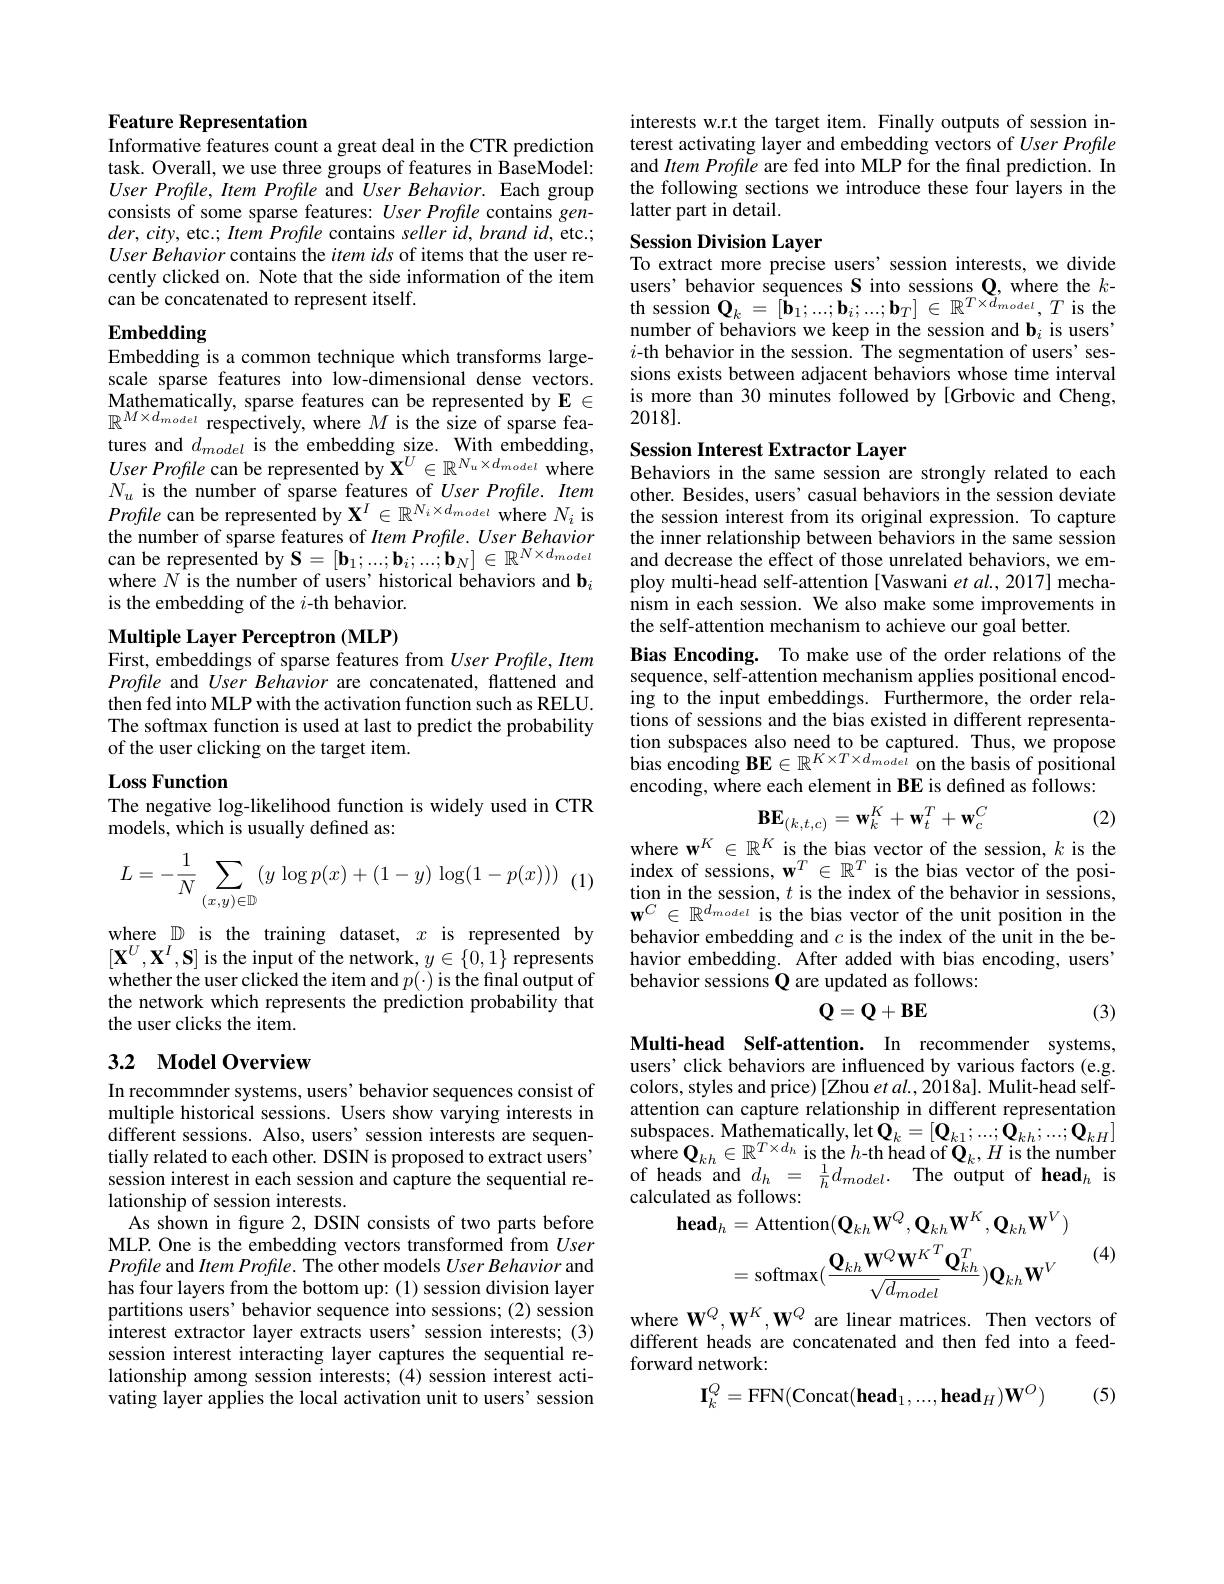
## Feature Representation
Informative features count a great deal in the CTR prediction

task. Overall, we use three groups of features in BaseModel: $User\textit{Profile, Item Profile and User Behavior. Each group}$ consists of some sparse features: $User\textit{Profile contains gen- }$ $der,city$,etc.; Item Profil $User\textit{Behavior contains the item ids of items that the user re- }$ cently clicked on. Note that the side information of the item can be concatenated to represent itself.

# Embedding

Embedding is a common techni scale sparse features into low-dimensional dense vectors. $\begin{array}{lll}\text{Mathematically, sparse features can be represented by E }\in&\text{is mor}\\\mathbb{R}^{M\times d_{model}}\text{respectively, where }M\text{ is the size of sparse fea-}&2018].\end{array}$
tures and $d_{model}$ is the embedding size. With embedding, $User\textit{Profile can be repres}$ $N_{u}$ is the number of sparse features of $User\textit{Profile. Item}$ Profile can be represented by $\mathbf{X}^I\in\mathbb{R}^{N_i\times d_{model}}$ where $N_i$ is the number of sparse feature can be represented by $\mathbf{S}=[\mathbf{b}_1;...;\mathbf{b}_i;...;\mathbf{b}_N]\in\mathbb{R}^{N\times d_{model}}$ where $N$ is the number of u is the embedding of the $i$-th behavior.

Multiple Layer Perceptron (M
First, embeddings of sparse features from $User\textit{Profile, Item}$

Profile and User Behavior ar then fed into MLP with the activation function such as RELU. The softmax function is used at last to predict the probability of the user clicking on the

## Loss Function
The negative log-likelihood

models, which is usually defined as:
$$L=-\dfrac{1}{N}\sum\limits_{(x,y)\in\mathbb{D}}(y\log p(x)+(1-y)\log(1-p(x)))$$
where $\mathbb{D}$ is the training $[\mathbf{X}^{U},\mathbf{X}^{I},\mathbf{S}]$ is the input of the network, $y\in\{0,1\}$ represents whether the user clicked the user clicks the item.

## 3.2 Model Overview

In recommnder systems, users' behavior sequences consist of multiple historical sessions different sessions. Also, users' session interests are sequentially related to each other. DSIN is proposed to extract users' session interest in each session and capture the sequential relationship of session interests.
As shown in figure 2, DSIN consists of two parts before MLP. One is the embedding vectors transformed from User Profle and Item Profile. The other models $User\textit{Behavior and}$ has four layers from the bottom up: (1) session division layer partitions users' behavior sequence into sessions; (2) session interest extractor layer extracts users'session interests; (3) session interest interacting layer captures the sequential relationship among session interests; (4) session interest activating layer applies the local activation unit to users' session

interests w.r.t the target item. Finally outputs of session interest activating layer and embedding vectors of $User\textit{Profile}$ and Item Profle are fed into MLP for the final prediction. In the following sections we introduce these four layers in the latter part in detail.

# Session Division Layer

To extract more precise users' session interests, we divide users' behavior sequences S into sessions $\mathbf{Q}$, where the $k-$ th session $\mathbf{Q}_k=[\mathbf{b}_1;...;\mathbf{b}_i;...;\mathbf{b}_T]\in\mathbb{R}^{T\times d_{model}},T$ is the number of behaviors we keep in the session and b$_i$ is users' $i$-th behavior in the session. The segmentation of users' sessions exists between adjacent behaviors whose time interval is more than 30 minutes followed by [Grbovic and Cheng,

Session Interest Extractor Layer
Behaviors in the same session are strongly related to each

other. Besides, users' casual behaviors in the session deviate the session interest from its original expression. To capture the inner relationship between behaviors in the same session and decrease the effect of those unrelated behaviors, we employ multi-head self-attention [Vaswani et al., 2017] mechanism in each session. We also make some improvements in the self-attention mechanism
Bias Encoding. To make use of the order relations of the sequence, self-attention mechanism applies positional encoding to the input embeddings. tions of sessions and the bias existed in different representation subspaces also need to encoding, where each element in BE is defined as follows:
$$\mathbf{BE}_{(k,t,c)}=\mathbf{w}_k^K+\mathbf{w}_t^T+\mathbf{w}_c^C$$
where $\mathbf{w}^K\in\mathbb{R}^K$ is the

(2)

index of sessions, $\mathbf{w}^T\in\mathbb{}$ tion in the session, $t$ is the index of the behavior in sessions, $\mathbf{w}^{C}\in\mathbb{R}^{d_{model}}$ i behavior embedding and $c$ is the index of the unit in the behavior embedding. After adde behavior sessions Q are updated as follows:
$$\mathbf{Q}=\mathbf{Q}+\mathbf{BE}$$
(3)

Multi-head Self-attention. I users' click behaviors are influenced by various factors (e.g. colors, styles and price) [Zhou et al., 2018a]. Mulit-head selfattention can capture relati subspaces. Mathematically, let$\mathbf{Q} _{k}= [ \mathbf{Q} _{k1}; . . . ; \mathbf{O} _{kh}; . . . ; \mathbf{O} _{kH}]$ where $\mathbf{Q} _{kh}\in \mathbb{R} ^{T\times d_{h}}$ is the $h$- th head of $\mathbf{Q} _{k}, H$ is the number of heads and $d_{h}=$ $\frac 1hd_{model}.$ $\mathrm{The~output~of~head}_{h}$ is calculated as follows:

(4)
$$=\mathrm{softmax}(\frac{\mathbf{Q}_{kh}\mathbf{W}^{Q}\mathbf{W}^{K}^{T}\mathbf{Q}_{kh}^{T}}{\sqrt{d_{model}}})\mathbf{Q}_{kh}\mathbf{W}^{V}$$
where $\mathbf{W}^Q,\mathbf{W}^K,\mathbf{W}^Q$ ar different heads are concatenated and then fed into a feedforward network:
$$\mathbf{I}_k^Q=\mathrm{FFN}(\mathrm{Concat}(\mathbf{head}_1,...,\mathbf{head}_H)\mathbf{W}^O)$$
(5)